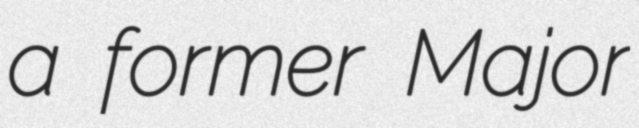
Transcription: a former Major